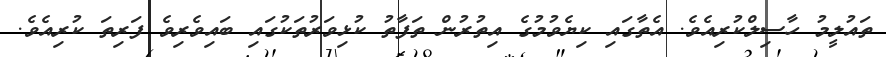
ތައުލީމު ހާސިލްކުރިއެވެ. އެތާގައި ކިޔެވުމުގެ އިތުރުން ތަފާތު ކުޅިވަރުތަކުގައި ބައިވެރިވެ ފަރިތަ ކުރިއެވެ.